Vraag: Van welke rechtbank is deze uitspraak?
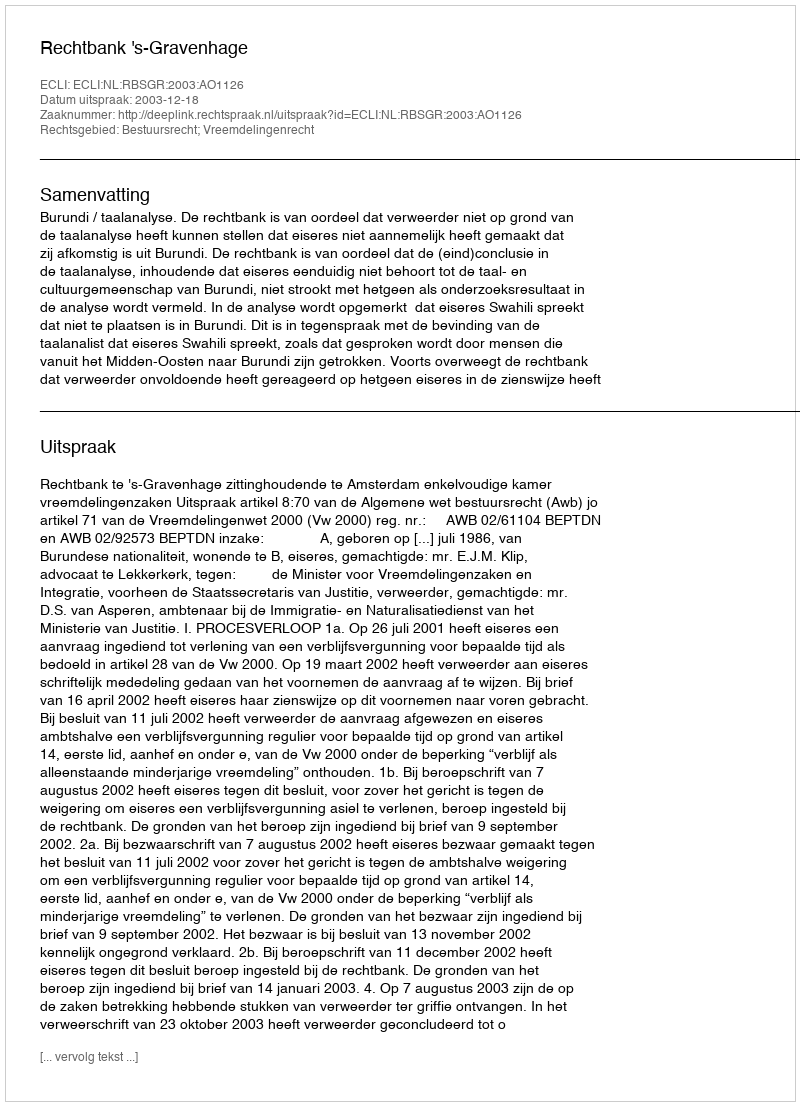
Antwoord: Rechtbank 's-Gravenhage